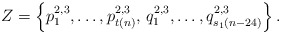
\begin{align*}Z = \left\{p_1^{2,3},\dots, p_{t(n)}^{2,3}, \, q_1^{2,3}, \dots, q_{s_1(n-24)}^{2,3}\right\}.\end{align*}